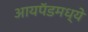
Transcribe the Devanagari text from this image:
आयपॅडमध्ये